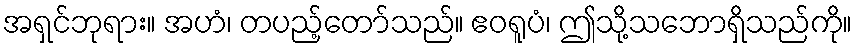
အရှင်ဘုရား။ အဟံ၊ တပည့်တော်သည်။ ဧဝရူပံ၊ ဤသို့သဘောရှိသည်ကို။